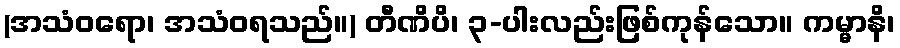
(အသံဝရော၊ အသံဝရသည်။) တီဏိပိ၊ ၃-ပါးလည်းဖြစ်ကုန်သော။ ကမ္မာနိ၊